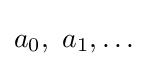
a_{0},\ a_{1},\ldots